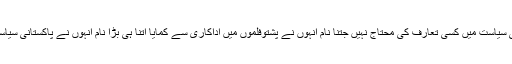
مسرت شاہین پشتو فلموں کی معروف اداکارہ مسرت شاہین پاکستانی سیاست میں کسی تعارف کی محتاج نہیں جتنا نام انہوں نے پشتوفلموں میں اداکاری سے کمایا اتنا ہی بڑا نام انہوں نے پاکستانی سیاست میں مولانا فضل الرحمان کے مدمقابل انتخابات میں لڑکر کمایا۔